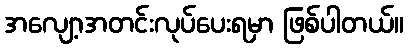
အလျော့အတင်းလုပ်ပေးရမှာ ဖြစ်ပါတယ်။